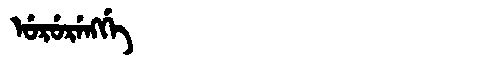
Manchu: ᡠᡵᡠᡵᡝᠩᡤᡝ
Romanization: URURENGGE